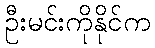
ဦးမင်းကိုနိုင်က